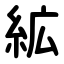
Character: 絋